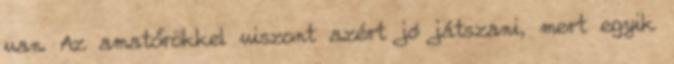
van. Az amatőrökkel viszont azért jó játszani, mert egyik